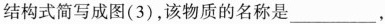
结构式简写成图(3)，该物质的名称是_________，